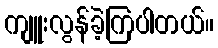
ကျူးလွန်ခဲ့ကြပါတယ်။